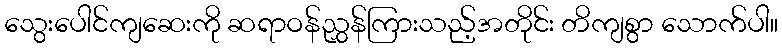
သွေးပေါင်ကျဆေးကို ဆရာဝန်ညွှန်ကြားသည့်အတိုင်း တိကျစွာ သောက်ပါ။